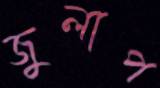
জুলাপ